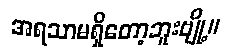
အရသာမရှိတော့ဘူးဗျို့။